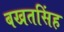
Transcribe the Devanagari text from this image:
बखतसिंह